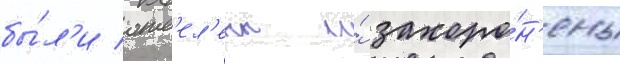
бы́л'и отс'ел'ены и́ захоро́н'ены